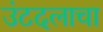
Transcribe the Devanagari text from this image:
उंटदलाचा